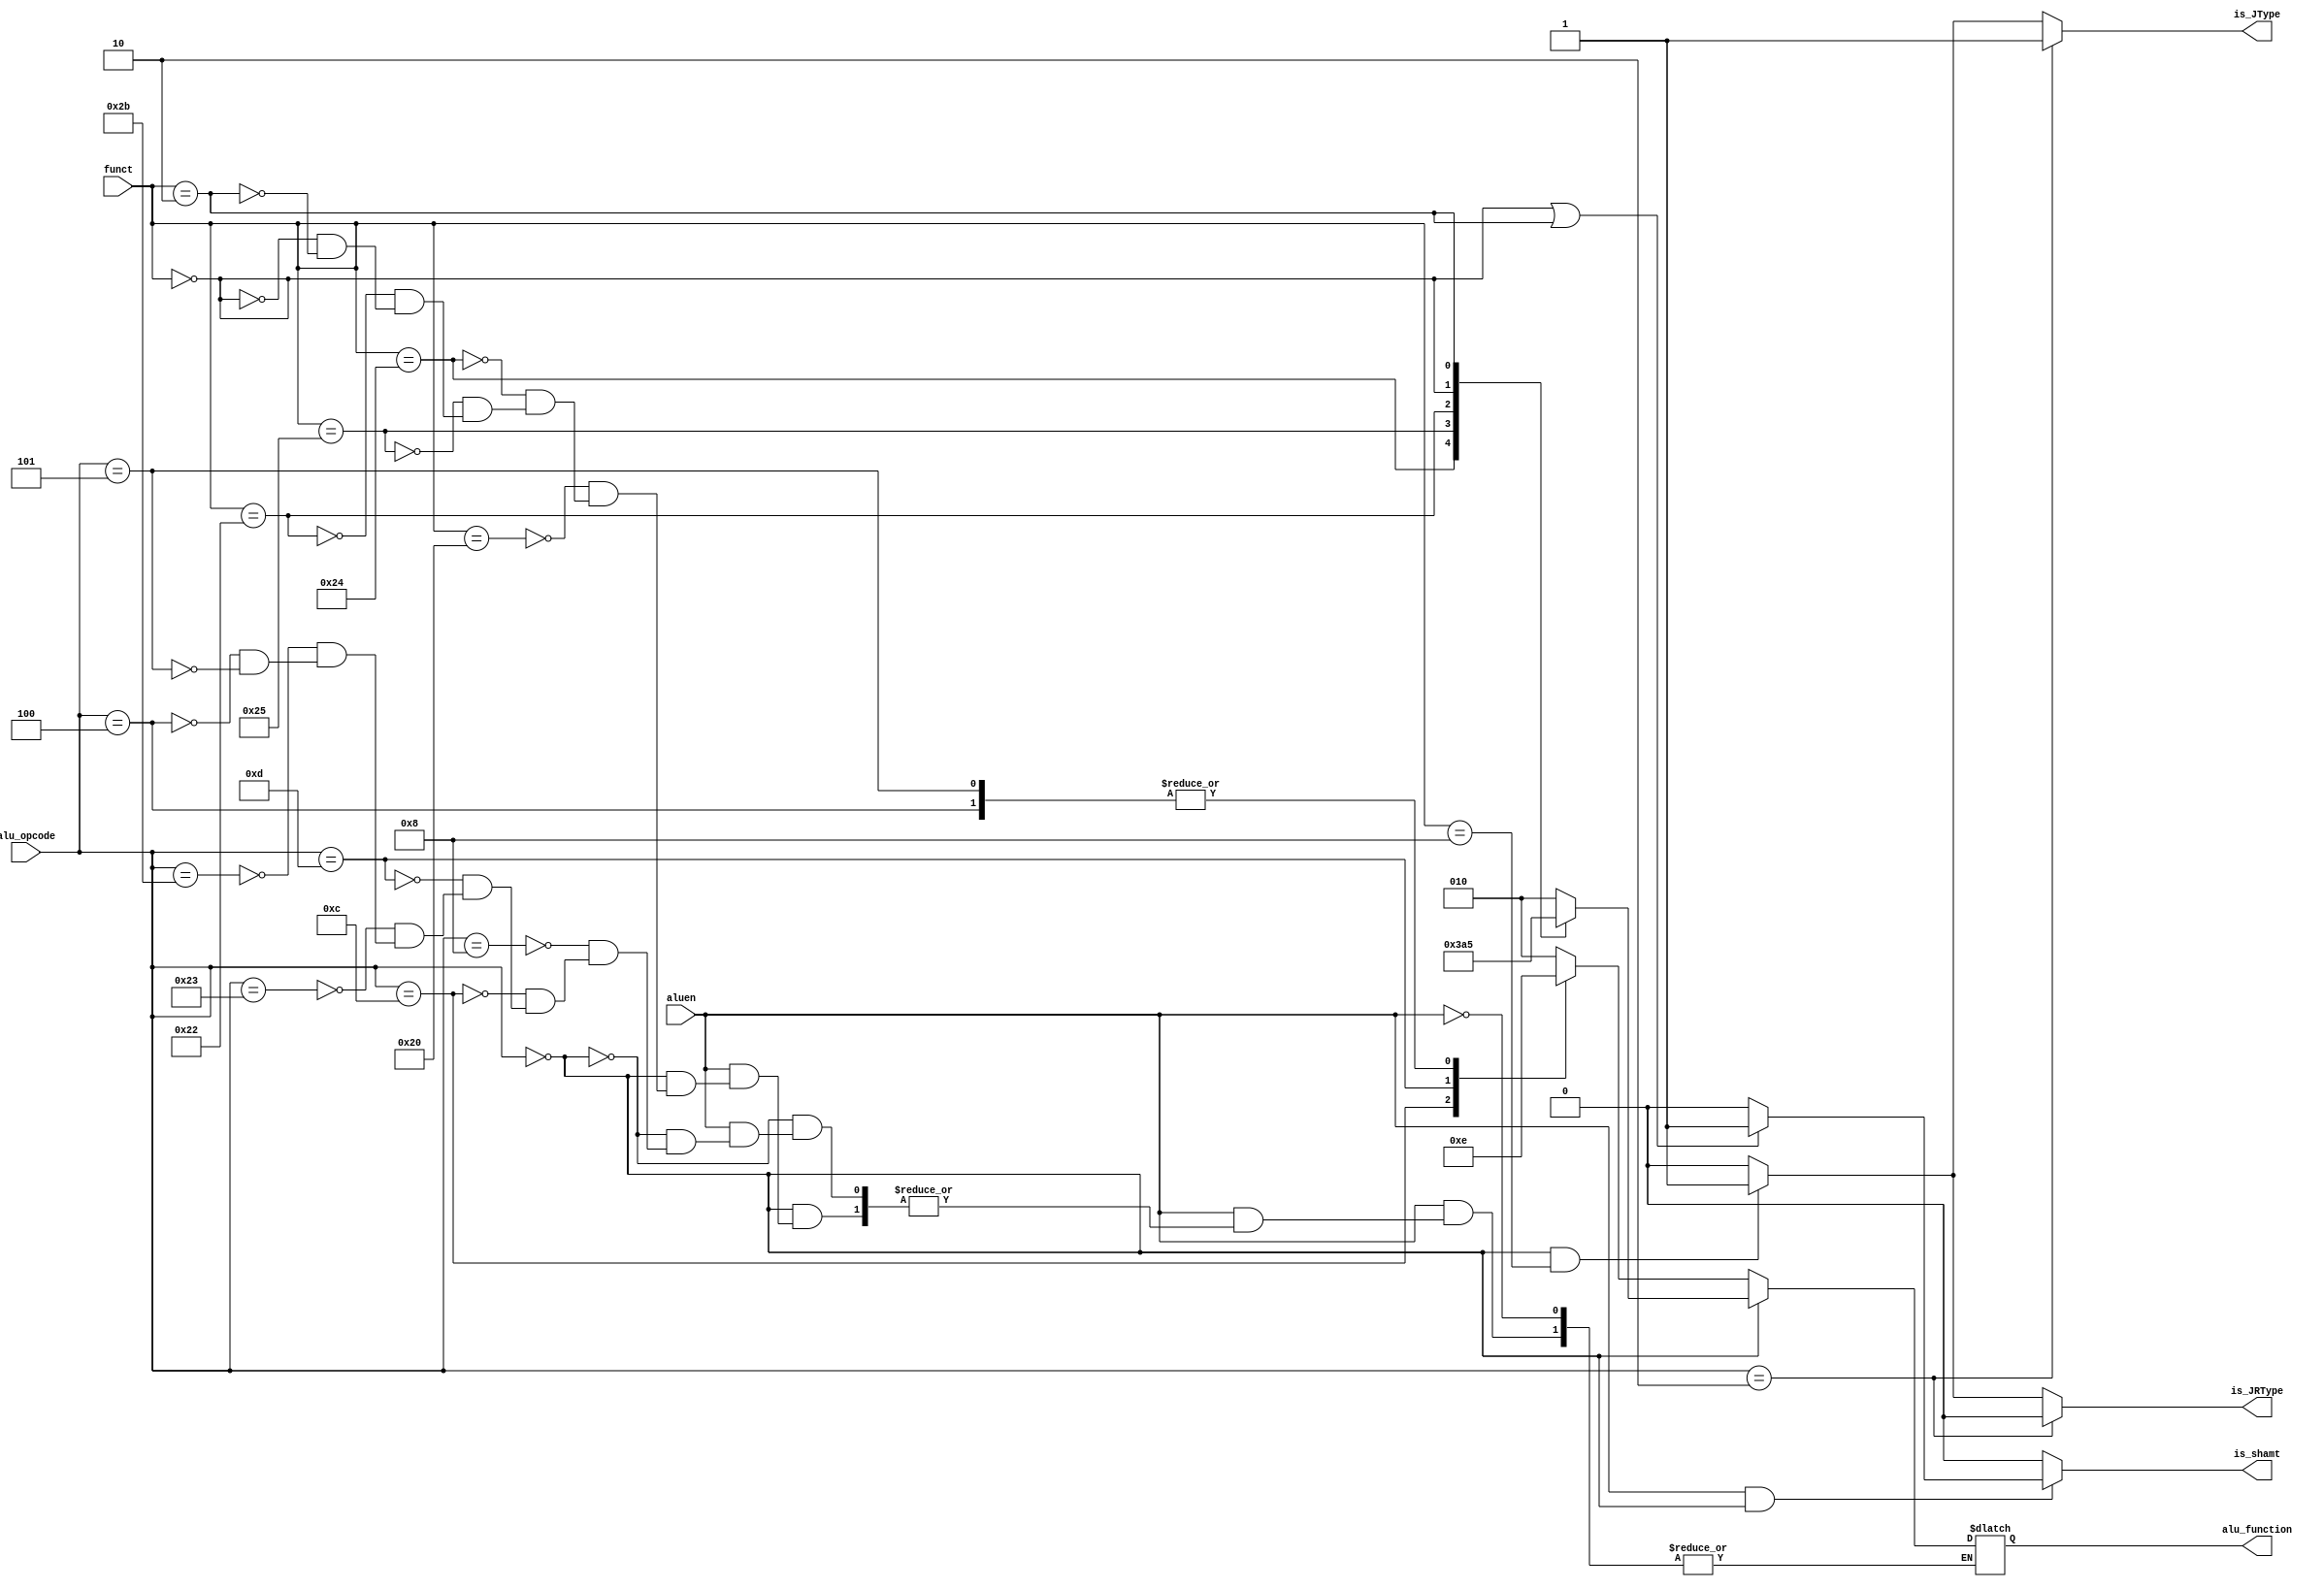
`timescale 1ns / 1ps
//////////////////////////////////////////////////////////////////////////////////
// Company: 
// Engineer: 
// 
// Design Name: 
// Module Name: alu_controller
// Project Name: 
// Target Devices: 
// Tool Versions: 
// Description: 
// 
// Dependencies: 
// 
// Revision:
// Revision 0.01 - File Created
// Additional Comments:
// 
//////////////////////////////////////////////////////////////////////////////////


module alu_controller(aluen, funct, alu_opcode, alu_function, is_shamt,is_JType,is_JRType);
input aluen;
input [5:0] funct, alu_opcode;
output reg [2:0] alu_function;
output reg is_shamt,is_JType,is_JRType;
parameter ADD = 6'h20, AND = 6'h24, OR = 6'h25, SUB = 6'h22, LEFT_SHIFT = 6'h00, RIGHT_SHIFT = 6'h02,
ADDI = 6'h8, ANDI = 6'hC, ORI = 6'hD, LWI = 6'h23, SWI = 6'h2b, J = 6'h02, JR = 6'h08 , RType = 6'h00,
BEQ =6'h4, BNEQ = 6'h5;

always @(*)
begin
    if(aluen)
    begin
    if(alu_opcode == RType)
    begin
        case (funct)
            ADD: alu_function = 3'b010;
            AND: alu_function = 3'b000;
            OR: alu_function = 3'b001;
            SUB: alu_function = 3'b110;
            LEFT_SHIFT: alu_function = 3'b100; 
            RIGHT_SHIFT: alu_function = 3'b101;
        endcase
     end
     else
     begin
        case (alu_opcode)
            ADDI: alu_function = 3'b010;
            ANDI: alu_function = 3'b000;
            ORI: alu_function = 3'b001;
            LWI: alu_function = 3'b010;
            SWI: alu_function = 3'b010;
            BEQ: alu_function = 3'b110;
            BNEQ: alu_function = 3'b110;
        endcase
     end
    end
end

always @(*)
begin
if(aluen && (alu_opcode == 6'h0))
begin
    if((funct == LEFT_SHIFT) ||  (funct == RIGHT_SHIFT))
        is_shamt = 1;
    else
        is_shamt = 0;
end
else 
is_shamt = 0;
end


always @(*)
begin
if(alu_opcode == J)
begin
  is_JType <= 1;
  is_JRType <= 0;
end


else if(alu_opcode == RType && funct == JR )
begin
  is_JType <= 1;
  is_JRType <= 1;
end

else
begin
  is_JType <= 0;
  is_JRType <= 0;
end
end

endmodule